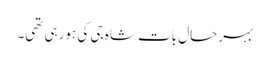
بہرحال بات شاہ جی کی ہورہی تھی۔